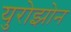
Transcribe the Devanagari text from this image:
युरोझोन